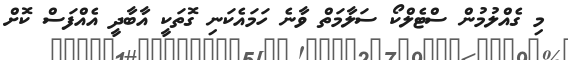
މި ގެއްލުމުން ސްޓެލްކޯ ސަލާމަތް ވާނެ ހަމައެކަނި ގޮތަކީ އާބާދީ އެއްފަސް ކޮށް